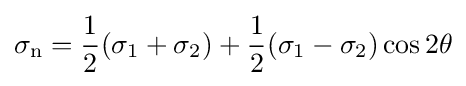
\sigma _{\mathrm {n} }={\frac {1}{2}}(\sigma _{1}+\sigma _{2})+{\frac {1}{2}}(\sigma _{1}-\sigma _{2})\cos 2\theta \,\!